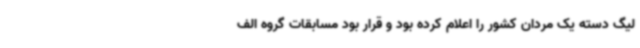
لیگ دسته یک مردان کشور را اعلام کرده بود و قرار بود مسابقات گروه الف